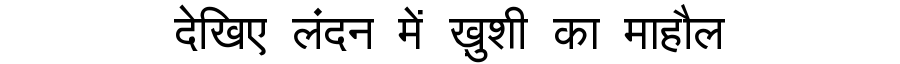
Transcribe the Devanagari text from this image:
देखिए लंदन में ख़ुशी का माहौल